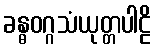
ခန္ဓဝဂ္ဂသံယုတ္တပါဠိ